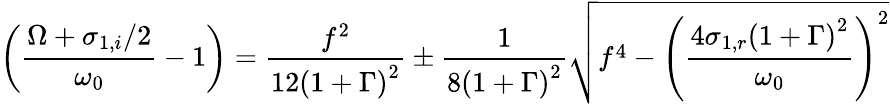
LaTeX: \left(\frac{\Omega+\sigma_{1,i}/2}{\omega_{0}}-1\right)=\frac{f^{2}}{12\left(1+\Gamma\right)^{2}}\pm\frac{1}{8\left(1+\Gamma\right)^{2}}\sqrt{f^{4}-\left(\frac{4\sigma_{1,r}\left(1+\Gamma\right)^{2}}{\omega_{0}}\right)^{2}}